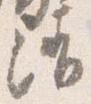
清